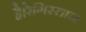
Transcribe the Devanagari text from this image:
है।रेगिस्तान